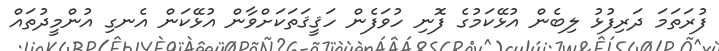
ފުރަތަމަ ދަރިފުޅު ލިބެން އުޅޭކަމުގެ ފޮނި ހުވަފެން ހަޤީޤަތަކަށްވާން އުޅޭކަން އެނގި އުންމީދުތައް